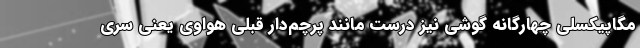
مگاپیکسلی چهارگانه گوشی نیز درست مانند پرچم‌دار قبلی هواوی یعنی سری